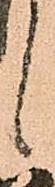
候